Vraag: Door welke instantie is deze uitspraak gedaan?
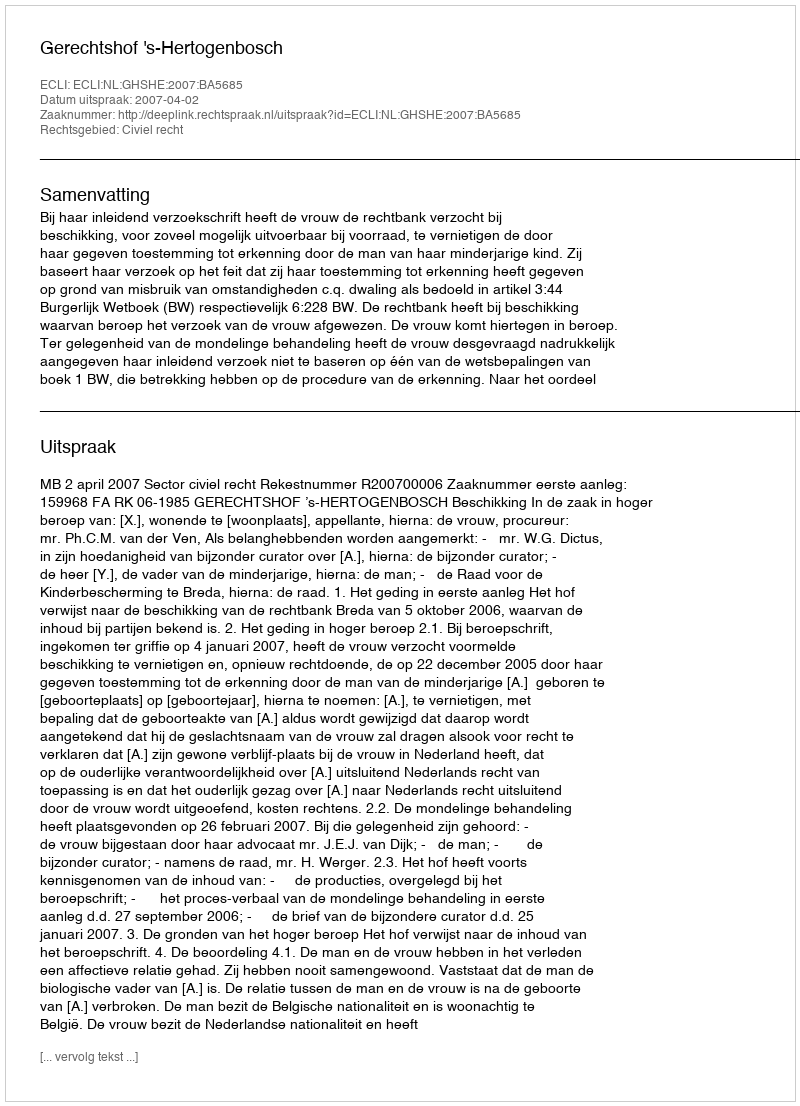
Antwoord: Gerechtshof 's-Hertogenbosch